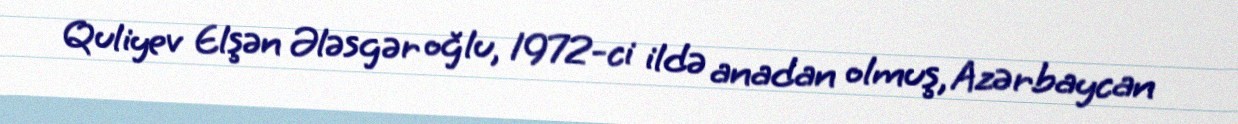
Quliyev Elşən Ələsgər oğlu, 1972-ci ildə anadan olmuş, Azərbaycan